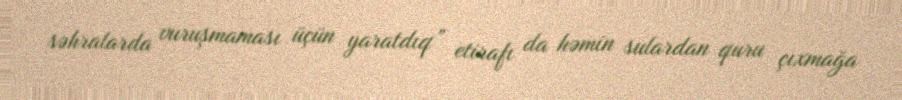
səhralarda vuruşmaması üçün yaratdıq” etirafı da həmin sulardan quru çıxmağa